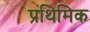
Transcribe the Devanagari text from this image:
प्रथिमिक